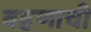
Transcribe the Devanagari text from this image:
वहणाची